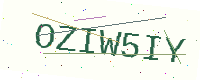
Text: OZIW5IY